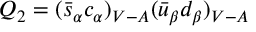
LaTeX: Q _ { 2 } = ( \bar { s } _ { \alpha } c _ { \alpha } ) _ { V - A } ( \bar { u } _ { \beta } d _ { \beta } ) _ { V - A }